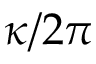
\kappa / 2 \pi